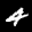
Label: 4